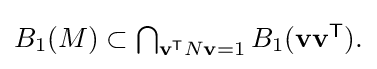
{\textstyle B_{1}(M)\subset \bigcap _{\mathbf {v} ^{\mathsf {T}}N\mathbf {v} =1}B_{1}(\mathbf {v} \mathbf {v} ^{\mathsf {T}}).}